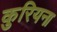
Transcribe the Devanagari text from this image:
कुरियना